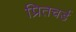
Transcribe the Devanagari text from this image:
प्रितचर्ड